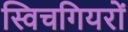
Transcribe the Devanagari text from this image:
स्विचगियरों